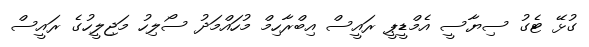
ގުޅޭ ޓެގު ސިޔާސީ އެމްޑީޕީ ރައީސް އިބްރާހިމް މުހައްމަދު ސޯލިހު މަޖިލީހުގެ ރައީސް